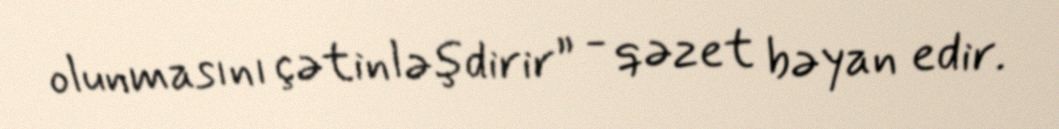
olunmasını çətinləşdirir” - qəzet bəyan edir.